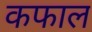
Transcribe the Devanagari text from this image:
कफाल